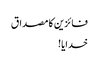
فائزین کا مصداق
خدایا!